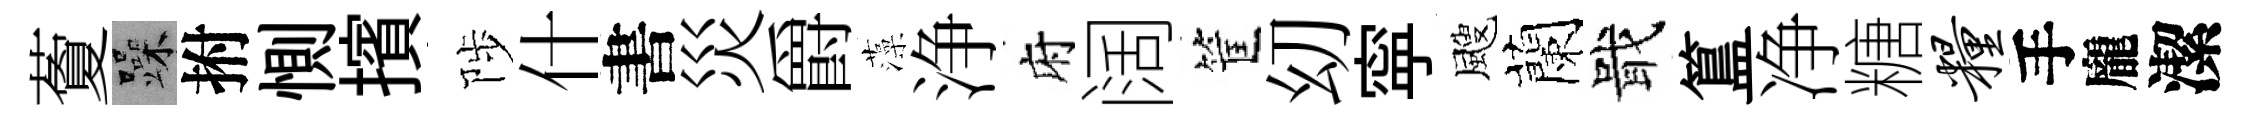
藑躁拊惻擯陟什書災爵藻浄府阔筐㓜寜颼蘭戢簋净糖粮手龐潔